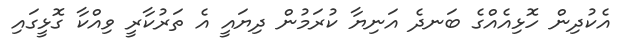
އެކުދިން ހޮޅިއެއްގެ ބަނދެ އަނިޔާ ކުރަމުން ދިޔައީ އެ ތަރުކާރީ ވިއްކާ ގޮޅީގައި